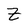
Character: Z